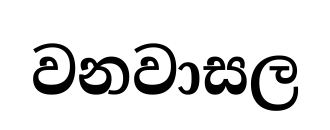
වනවාසල